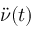
{ \ddot { \nu } } ( t )